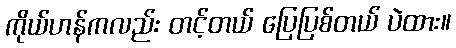
ကိုယ်ဟန်ကလည်း တင့်တယ် ပြေပြစ်တယ် ပဲထား။